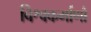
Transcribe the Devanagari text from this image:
विश्वकर्माणौ